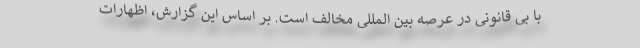
با بی قانونی در عرصه بین المللی مخالف است. بر اساس این گزارش، اظهارات